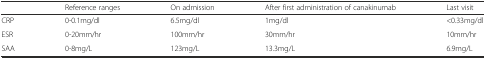
<table><thead><tr><td></td><td><b>Reference ranges</b></td><td><b>On admission</b></td><td><b>After first administration of canakinumab</b></td><td><b>Last visit</b></td></tr></thead><tbody><tr><td>CRP</td><td>0-0.1mg/dl</td><td>6.5mg/dl</td><td>1mg/dl</td><td>&lt;0.33mg/dl</td></tr><tr><td>ESR</td><td>0-20mm/hr</td><td>100mm/hr</td><td>30mm/hr</td><td>10mm/hr</td></tr><tr><td>SAA</td><td>0-8mg/L</td><td>123mg/L</td><td>13.3mg/L</td><td>6.9mg/L</td></tr></tbody></table>